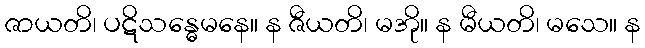
ဇာယတိ၊ ပဋိသန္ဓေမနေ။ န ဇီယတိ၊ မအို။ န မီယတိ၊ မသေ။ န